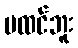
မထင်ဘူး